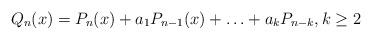
LaTeX: \begin{align*} Q_n(x)=P_n(x)+a_1P_{n-1}(x)+\ldots+a_kP_{n-k}, k\geq 2\end{align*}